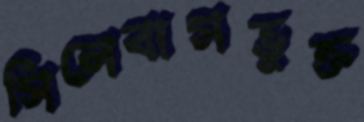
সিলেবাসভুক্ত